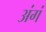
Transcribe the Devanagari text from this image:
अंगं